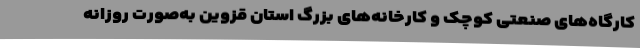
کارگاه‌های صنعتی کوچک و کارخانه‌های بزرگ استان قزوین به‌صورت روزانه